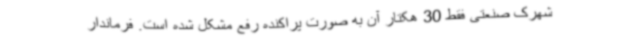
شهرک صنعتی فقط 30 هکتار آن به صورت پراکنده رفع مشکل شده است. فرماندار